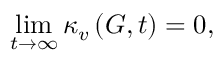
\operatorname* { l i m } _ { t \rightarrow \infty } \kappa _ { v } \left( G , t \right) = 0 ,